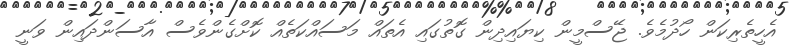
އެެހީތެރިކަން ހޯދުމެެވެ. ޖޭސްމީން ކިޔައިދިން ގޮތުގައި އެެތައް މަސައްކަތެެއް ކޮށްގެންވެެސް އާސަންދައިން ވަނީ